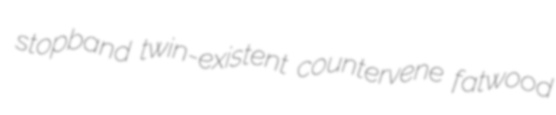
stopband twin-existent countervene fatwood